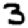
Digit: 3